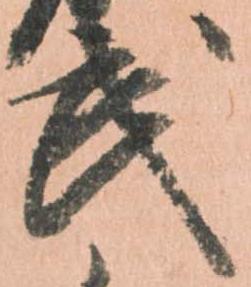
武